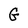
Character: G